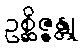
ဥစ္ဆိဇ္ဇန္တု